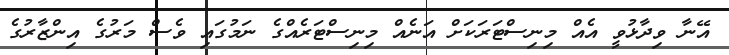
އޭނާ ވިދާޅުވީ އެއް މިނިސްޓަރަކަށް އަނެއް މިނިސްޓަރެއްގެ ނަމުގައި ވެސް މަރުގެ އިންޒާރުގެ